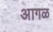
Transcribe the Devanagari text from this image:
अागळ